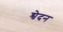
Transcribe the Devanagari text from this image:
श्वेदन